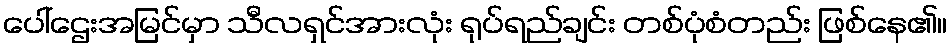
ပေါ်ဌေးအမြင်မှာ သီလရှင်အားလုံး ရုပ်ရည်ချင်း တစ်ပုံစံတည်း ဖြစ်နေ၏။